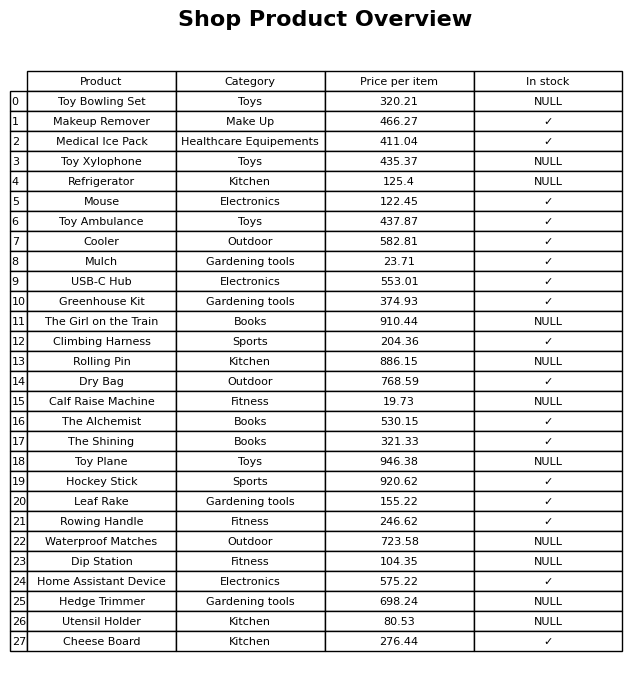
question: What is the price of the Hedge Trimmer?
answer: The price of Hedge Trimmer is 698.24.